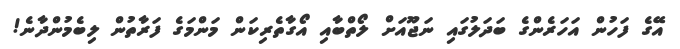
އޭގެ ފަހުން އަހަރެންގެ ބަދަލުގައި ނަޖޫއަށް ލޯތްބާއި އޯގާތެރިކަން މަންމަގެ ފަރާތުން ލިބެމުންދާނެ!